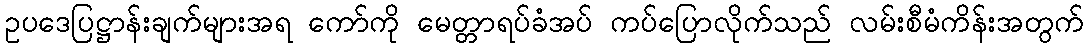
ဥပဒေပြဋ္ဌာန်းချက်များအရ ကော်ကို မေတ္တာရပ်ခံအပ် ကပ်ပြောလိုက်သည် လမ်းစီမံကိန်းအတွက်